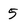
Character: 5